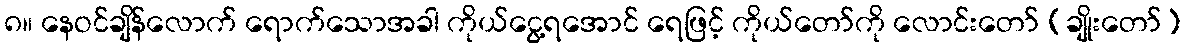
၈။ နေဝင်ချိန်လောက် ရောက်သောအခါ ကိုယ်ငွေ့ရအောင် ရေဖြင့် ကိုယ်တော်ကို လောင်းတော် (ချိုးတော်)